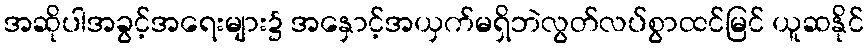
အဆိုပါအခွင့်အရေးများ၌ အနှောင့်အယှက်မရှိဘဲလွတ်လပ်စွာထင်မြင် ယူဆနိုင်